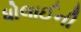
ધોલાઈની